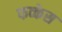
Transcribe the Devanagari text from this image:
फव्केस